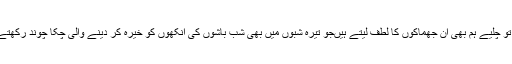
اب جب شعروں کے انتخاب نے انھیں رسوا کر ہی دیا ہے تو چلیے ہم بھی ان جھماکوں کا لطف لیتے ہیںجو تیرہ شبوں میں بھی شب باشوں کی آنکھوں کو خیرہ کر دینے والی چکا چوند رکھتے ہیں کہ حسن کی شعلہ باری سے انکار ہوتا ہی کسے ہے۔